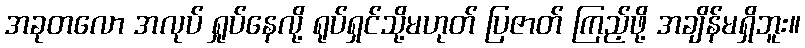
အခုတလော အလုပ် ရှုပ်နေလို့ ရုပ်ရှင်သို့မဟုတ် ပြဇာတ် ကြည့်ဖို့ အချိန်မရှိဘူး။